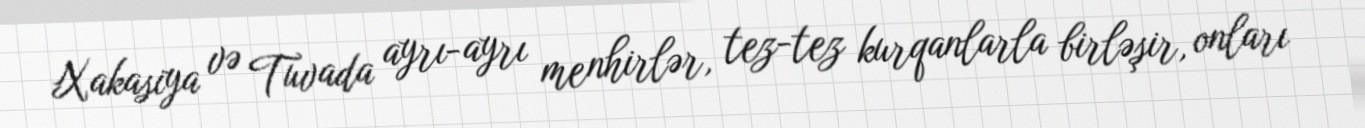
Xakasiya və Tuvada ayrı-ayrı menhirlər, tez-tez kurqanlarla birləşir, onları